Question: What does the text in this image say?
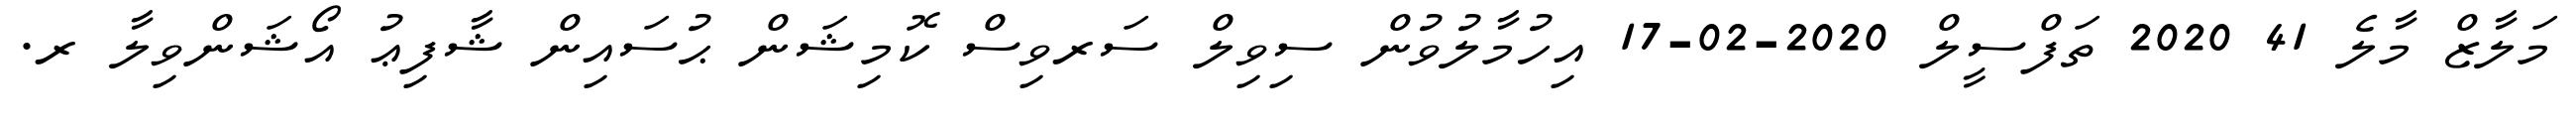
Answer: މަލާޒް މާލެ 41 2020 ތަފްސީލް 2020-02-17 އިހުމާލުވުން ސިވިލް ސަރވިސް ކޮމިޝަން ޙުސައިން ޝާފިޢު އޯޝަންވިލާ ރ.